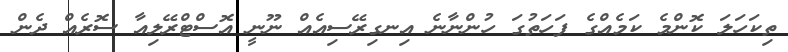
ތިކަހަލަ ކޮންމެ ކަމެއްގެ ފަހަތުގަ ހުންނާނެ އިނގިރޭސިއެއް ނޫނީ އޮސްޓްރޭލިއާ ސޮރެއް ދެން